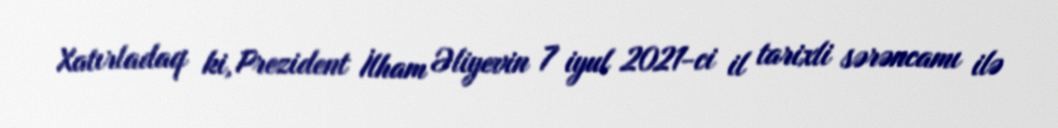
Xatırladaq ki, Prezident İlham Əliyevin 7 iyul 2021-ci il tarixli sərəncamı ilə